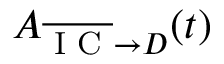
A _ { \overline { { \textrm { I C } } } \rightarrow D } ( t )